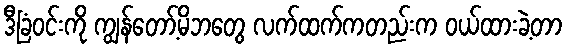
ဒီခြံဝင်းကို ကျွန်တော့်မိဘတွေ လက်ထက်ကတည်းက ဝယ်ထားခဲ့တာ